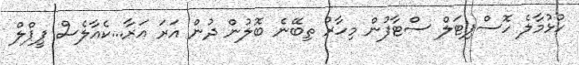
ހުޅުމާލެ ހޮސްޕިޓަލް ސްޓާފުން މިހާރު ތިބޭނެ ބޮލުން ދުން އަރަ އަރާ...ކެއާލެސް ޕީޕްލް